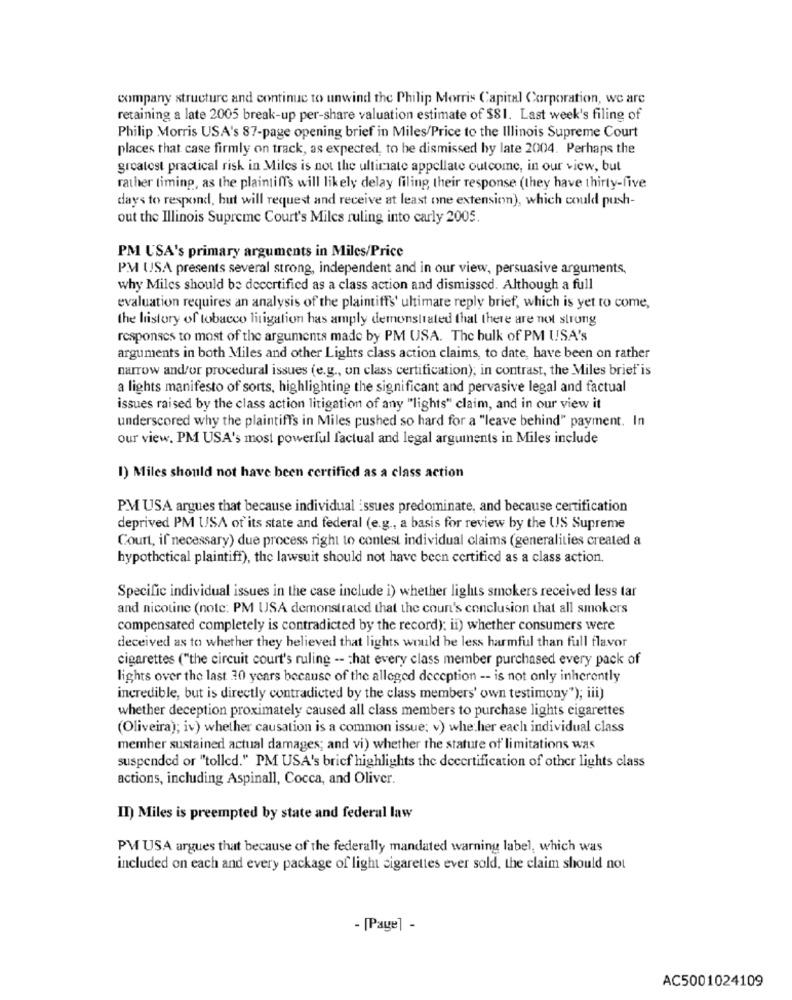
company structure and continue to unwind the Philip Morris Capital Corporation, we are
retaining a late 2005 break-up per-share valuation estimate of $81. Last week's filing of
Philip Morris USA's 87-page opening brief in Miles/Price to the Illinois Supreme Court
places that case firmly on track, as expected, to be dismissed by late 2004. Perhaps the
greatest practical risk in Miles is not the ultimate appellate outcome, in our view, but
rather timing, as the plaintiff's will likely delay filing their response (they have thirty-five
days to respond, but will request and receive at least one extension), which could push-
out the Illinois Supreme Court's Miles ruling into carly 2005.
PM USA's primary arguments in Miles/Price
PM USA presents several strong, independent and in our view, persuasive arguments,
why Miles should be decertified as a class action and dismissed. Although a full
evaluation requires an analysis of the plaintiffs' ultimare reply brief, which is yet to come,
the history of tobacco litigation has amply demonstrated that there are not strong
responses to most of the arguments made by PM USA. The bulk of PM USA's
arguments in both Miles and other Lights class action claims, to date, have been on rather
narrow and/or procedural issues (e.g ., on class certification); in contrast, the Miles brief is
a lights manifesto of sorts, highlighting the significant and pervasive legal and factual
issues raised by the class action litigation of any "lights" claim, and in our view it
underscored why the plaintiffs in Miles pushed so hard for a "leave behind" payment. In
our view. PM USA's most powerful factual and legal arguments in Miles include
1) Miles should not have been certified as a class action
PM USA argues that because individual issues predominate, and because certification
deprived PM USA of its state and federal (e.g ., a basis for review by the US Supreme
Court, if necessary) due process right to contest individual claims (generalities created a
hypothetical plaintiff), the lawsuit should not have been certified as a class action.
Specific individual issues in the case include i) whether lights smokers received less tar
and nicotine (note: PM USA demonstrated that the count's conclusion that all smokers
compensated completely is contradicted by the record): ii) whether consumers were
deceived as to whether they believed that lights would be less harmful than full flavor
cigarettes ("the circuit court's ruling -- that every class member purchased every pack of
lights over the last 30 years because of the alleged deception -- is not only inherently
incredible, but is directly contradicted by the class members' own testimony"); iii)
whether deception proximately caused all class members to purchase lights cigarettes
(Oliveira); iv) whether causation is a common issue; v) whether each individual class
member sustained actual damages; and vi) whether the statute of limitations was
suspended or "tolled." PM USA's brief highlights the decertification of other lights class
actions, including Aspinall, Cocca, and Oliver.
II) Miles is preempted by state and federal law
PM USA argues that because of the federally mandated warning label, which was
included on each and every package of light cigarettes ever sold, the claim should not
- [Page] -
AC5001024109